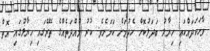
ވާހަކަދައްކައި ހިޔާލު ބަދަލުކޮށް ހެދުމަށް ކަމަށެވެ. ކުރު މުއްދަތެއްގެ ތެރޭގައި ހިޔާލުގައި އޮތް